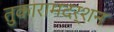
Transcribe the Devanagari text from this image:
तुकारामदर्शन